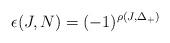
LaTeX: \begin{align*}\epsilon(J,N)=(-1)^{\rho(J,\Delta_+)}\end{align*}